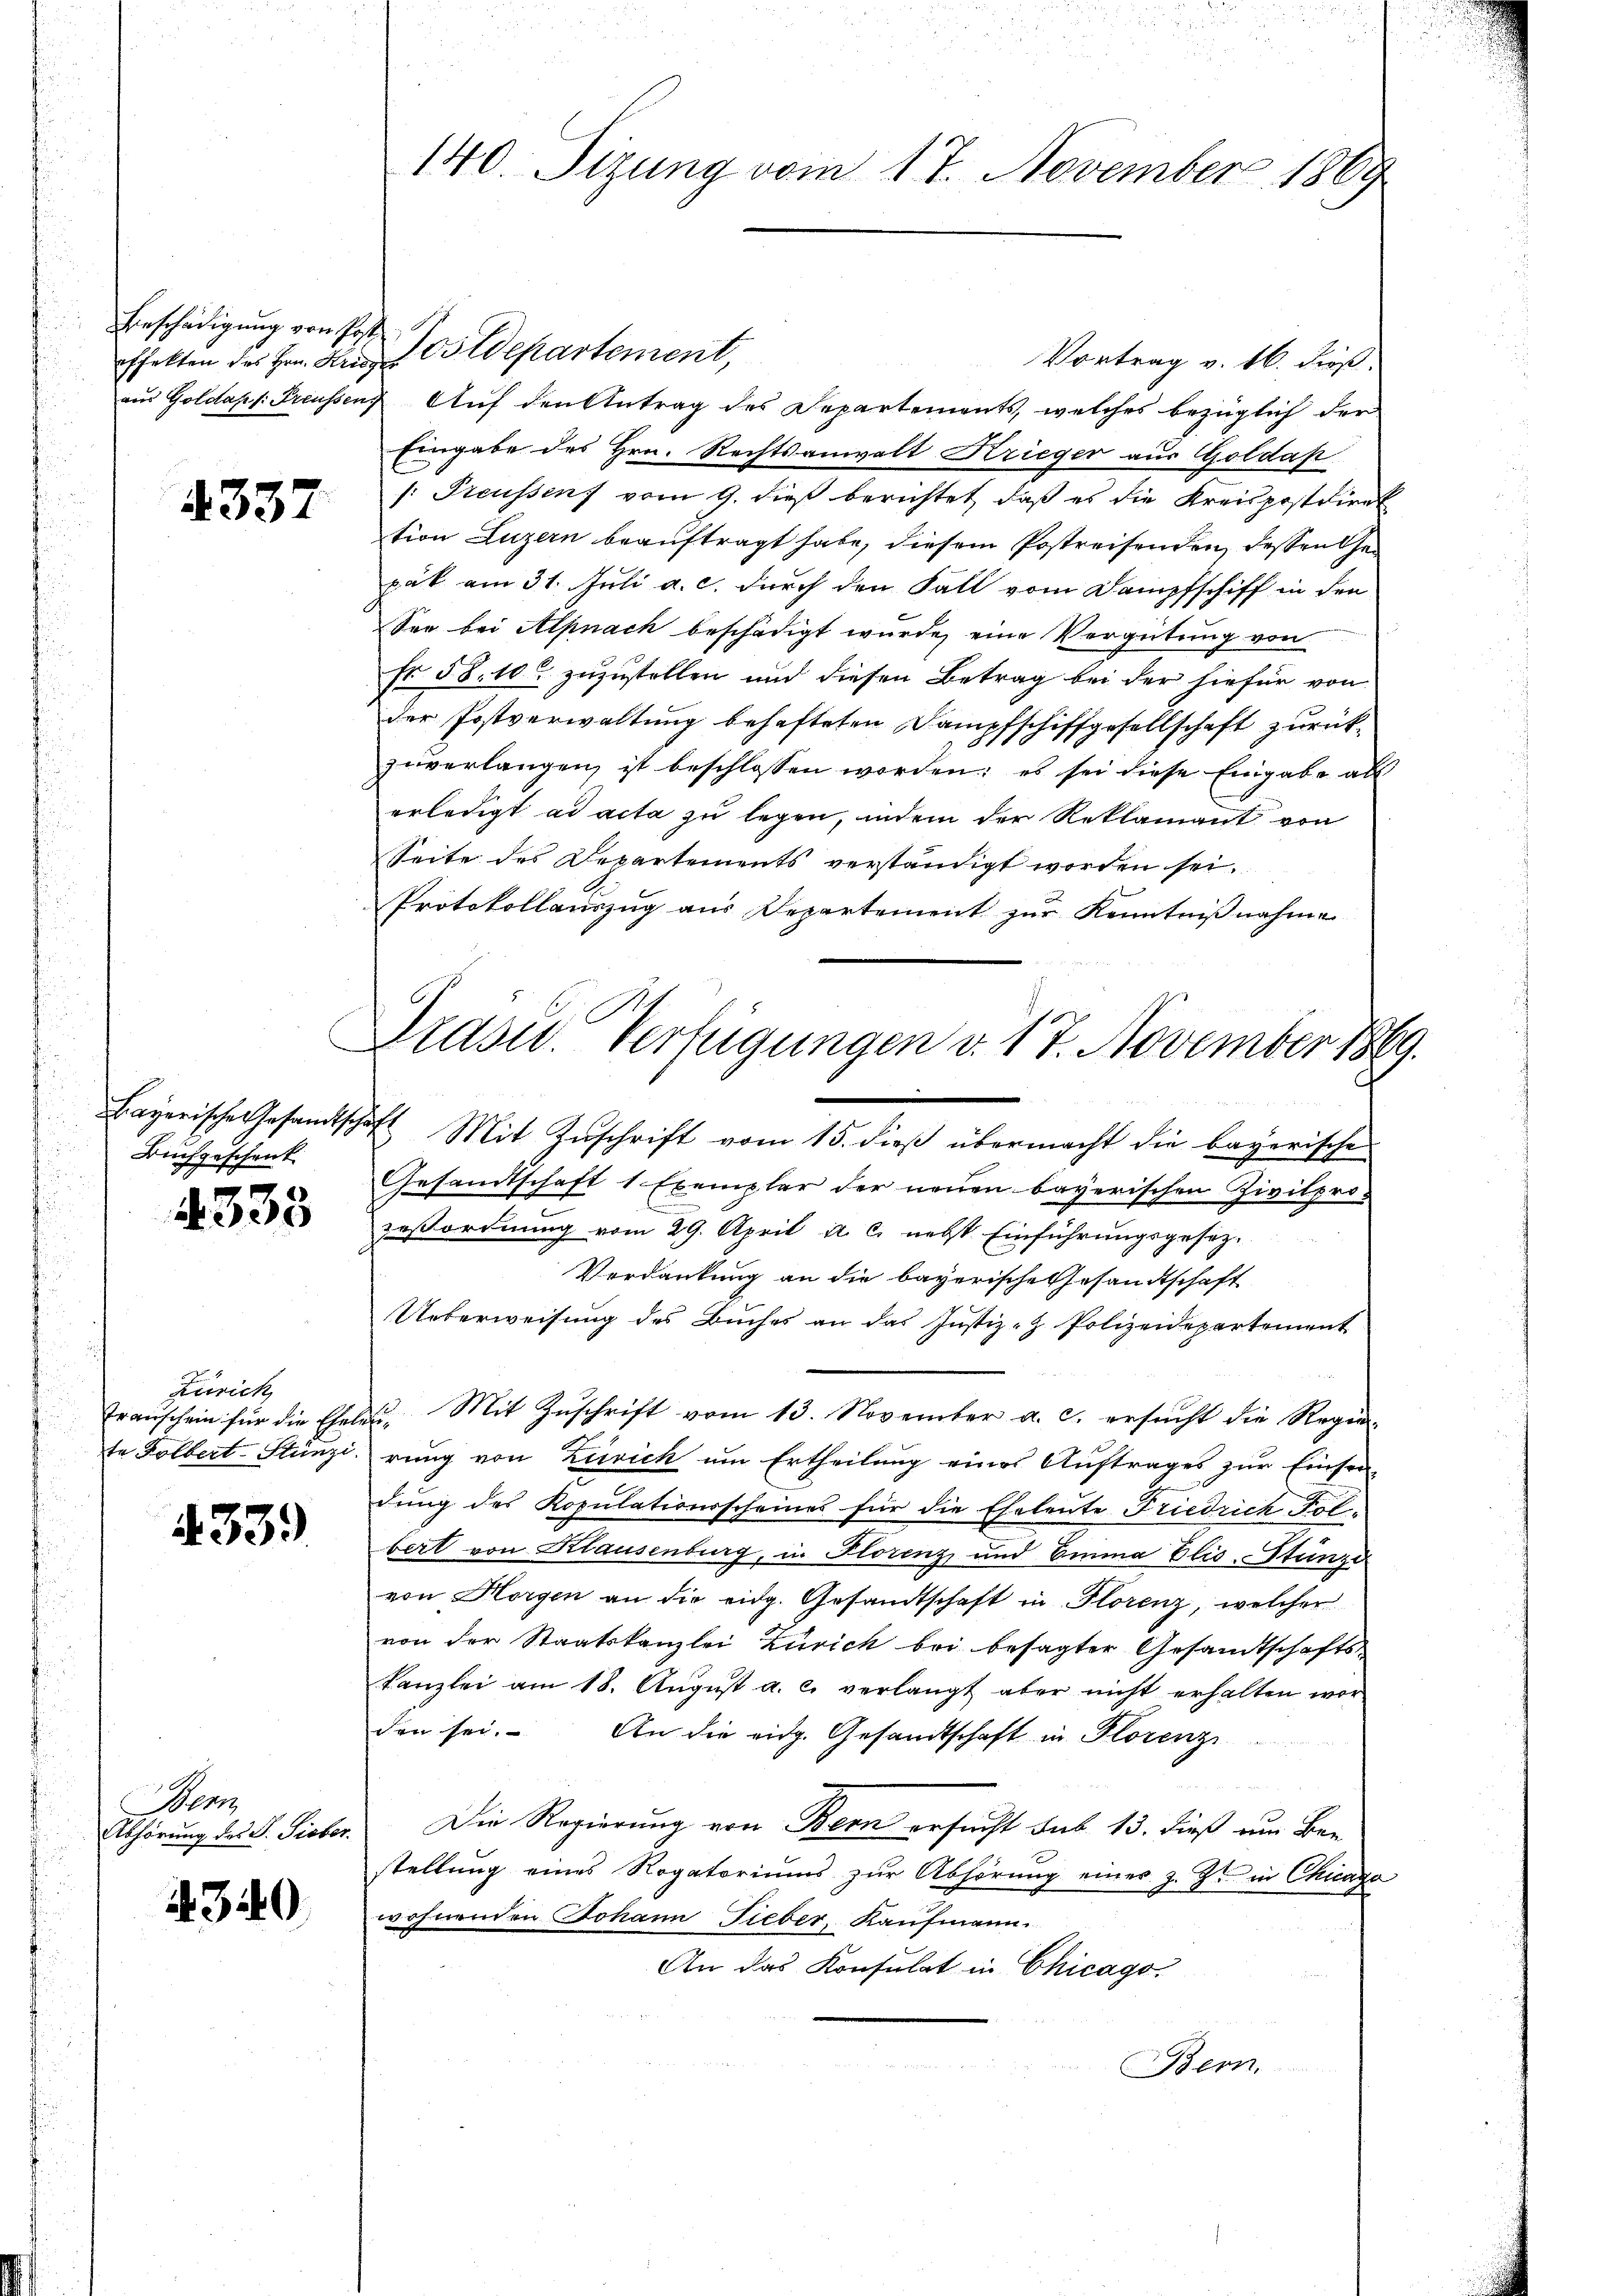
ffekten des Hrn. Krieger

4337

Buchgeschenk.

333

Zürich

339

Wen
Abhörung des P. Sieber.

4340

140. Sizung vom 17. November 1869

Beschädigung von Post Postdepartement,
Vortrag v. 16. dieß.
aus Goldapf. Freussens Auf den Antrag des Departements, welches bezüglich der
Eingabe des Hrn. Rechtsanwalt Krieger aus Goldap
/: Preussens vom 9. dieß berichtet, daß es die Kreispostdirek
tion Luzern beauftragt habe, diesem Postreisenden, dessen the
pät am 31. Juli a. c. durch den Fall vom Dampfschiff in den
See bei Alpnach beschädigt wurde, eine Vergütung von
Nr 58. 10 zuzustellen und diesen Betrag bei der hiefür von
der Postverwaltung behafteten Dampfschiffgesellschaft zurückzuverlangen ist beschlossen worden: es sei diese Eingabe als
erledigt ad acta zu legen, indem der Reklamant von
Seite des Departements verständigt worden sei.
Protokollauszug aus Departement zŭr Kenntniβnahme
Bayerische Gesandtschaft Mit Zŭschrift vom 15. dieß übermacht die bayerische
Gesandtschaft 1 Exemplar der neuen bayerischen Zivilpro-
zeßordnung vom 29. April a. c. nebst Einführungsgesetz-
Verdankung an die bayerische Gesandtschaft
Ueberweisung des Buches an das Justiz- & Polizeidepartement
fraŭschein für die Eheler. Mit Zŭschrift vom 13. November a. c. ersŭcht die Regie-
te Folbert-Stünzi, rung von Zürich um Ertheilung eines Auftrages zur Einser-
dung des Kopulationsscheines für die Eheleute Friedrich Folbert von Klausenburg, in Florenz und Einna Elis. Stünza
von Horgen an die eidg. Gesandtschaft in Florenz, welcher
von der Staatskanzlei Zürich bei besagter Gesandtschafts-
Kanzlei am 18. Aŭgŭst a. c. verlangt aber nicht erhalten wor
den sei. An die eidg. Gesandtschaft in Florenzi
Die Regierung von Bern ersucht sub 13. dieß zur Ber
stellung eines Rogatoriums zŭr Abhörung eines z. Z. in Chicago
wohnenden Johann Fieber, Kaufmann
An das Konsulat in Chicago
Bern.

Präsid. Verfügungen v. 17. November 1869.
e